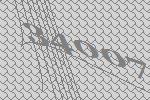
34007